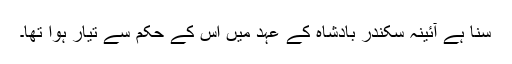
سنا ہے آئینہ سکندر بادشاہ کے عہد میں اس کے حکم سے تیار ہوا تھا۔